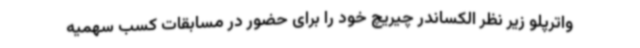
واترپلو زیر نظر الکساندر چیریچ خود را برای حضور در مسابقات کسب سهمیه